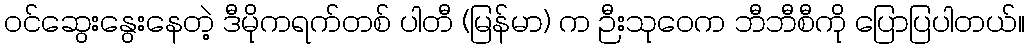
ဝင်ဆွေးနွေးနေတဲ့ ဒီမိုကရက်တစ် ပါတီ (မြန်မာ) က ဉီးသုဝေက ဘီဘီစီကို ပြောပြပါတယ်။